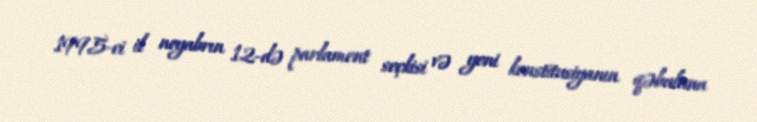
1995-ci il noyabrın 12-də parlament seçkisi və yeni konstitusiyanın qəbuluna